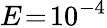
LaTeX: E\! =\! 10^{-4}